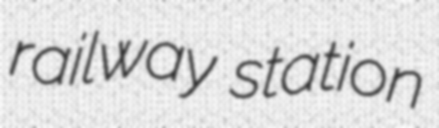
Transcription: railway station